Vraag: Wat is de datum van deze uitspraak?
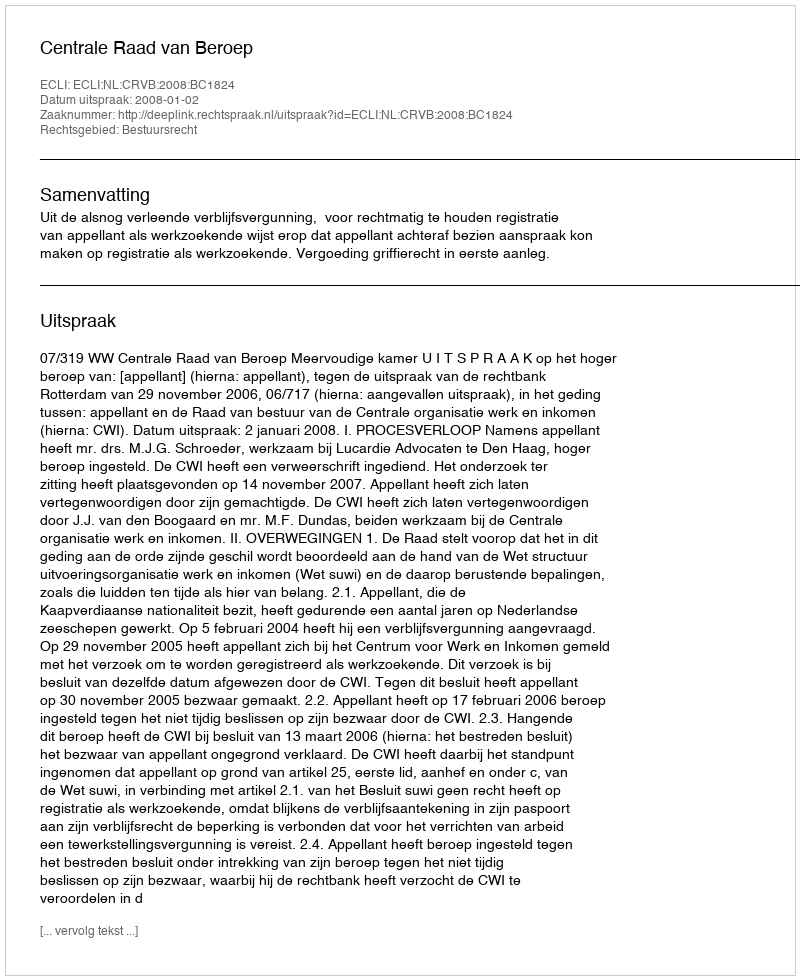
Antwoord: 2008-01-02